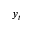
y _ { t }